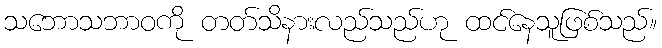
သဘောသဘာဝကို တတ်သိနားလည်သည်ဟု ထင်နေသူဖြစ်သည်။